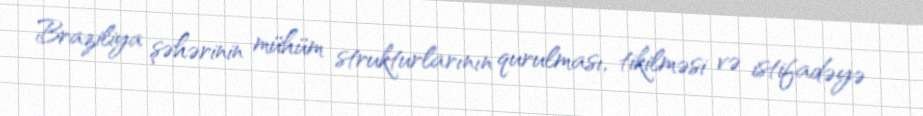
Braziliya şəhərinin mühüm strukturlarının qurulması, tikilməsi və istifadəyə